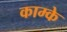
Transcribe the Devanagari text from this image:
काम्के